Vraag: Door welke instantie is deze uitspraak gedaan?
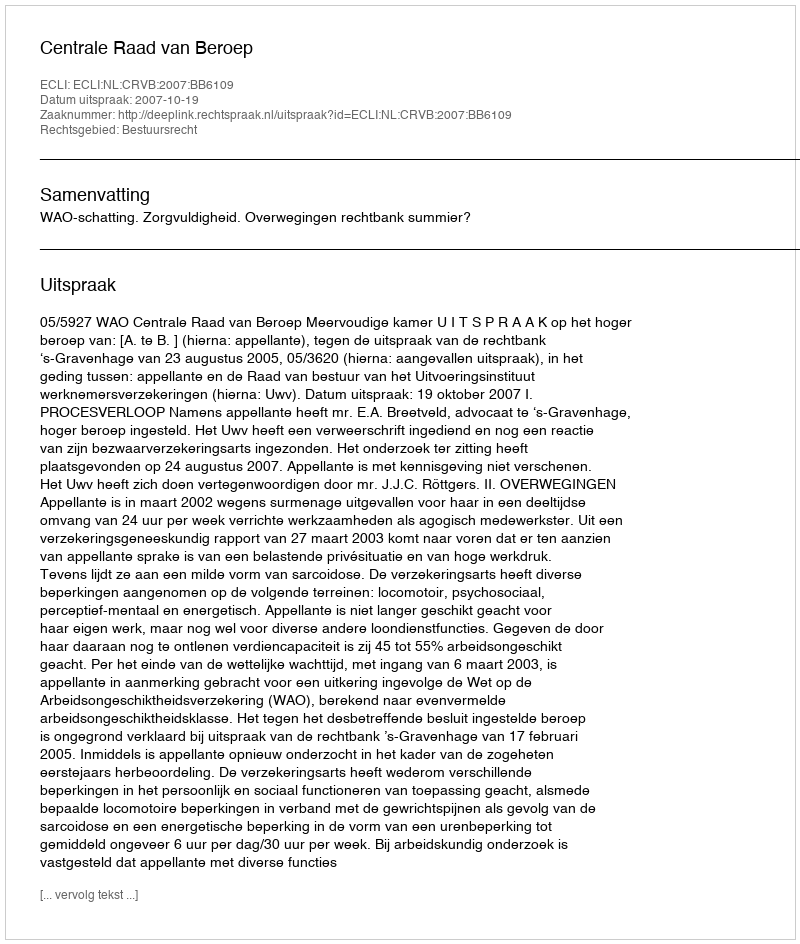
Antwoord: Centrale Raad van Beroep